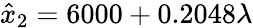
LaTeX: \hat{x}_{2}=6000+0.2048\lambda